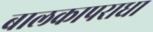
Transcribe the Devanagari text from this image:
बालकापराधा